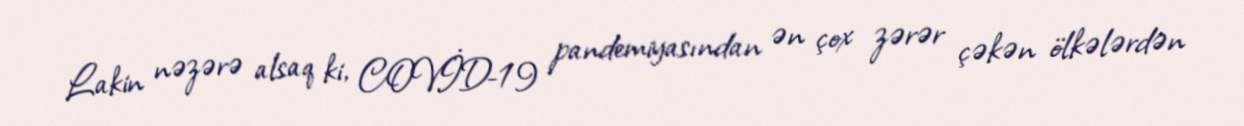
Lakin nəzərə alsaq ki, COVİD-19 pandemiyasından ən çox zərər çəkən ölkələrdən